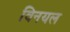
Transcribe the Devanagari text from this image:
विनयल